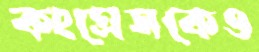
কংগ্রেসকেও